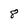
Character: 8